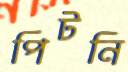
পিটনি